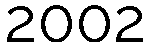
2002